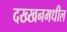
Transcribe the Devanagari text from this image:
दख्खनमधील